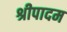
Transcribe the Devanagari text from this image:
श्रीपादम